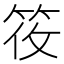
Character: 𬔼